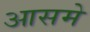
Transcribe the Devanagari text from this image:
आसमे